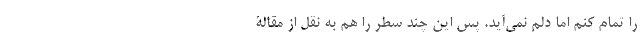
را تمام کنم اما دلم نمی‌آید. پس این چند سطر را هم به نقل از مقالۀ